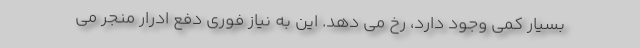
بسیار کمی وجود دارد، رخ می دهد. این به نیاز فوری دفع ادرار منجر می